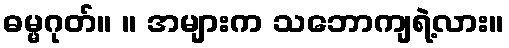
ဓမ္မဂုတ်။ ။ အများက သဘောကျရဲ့လား။